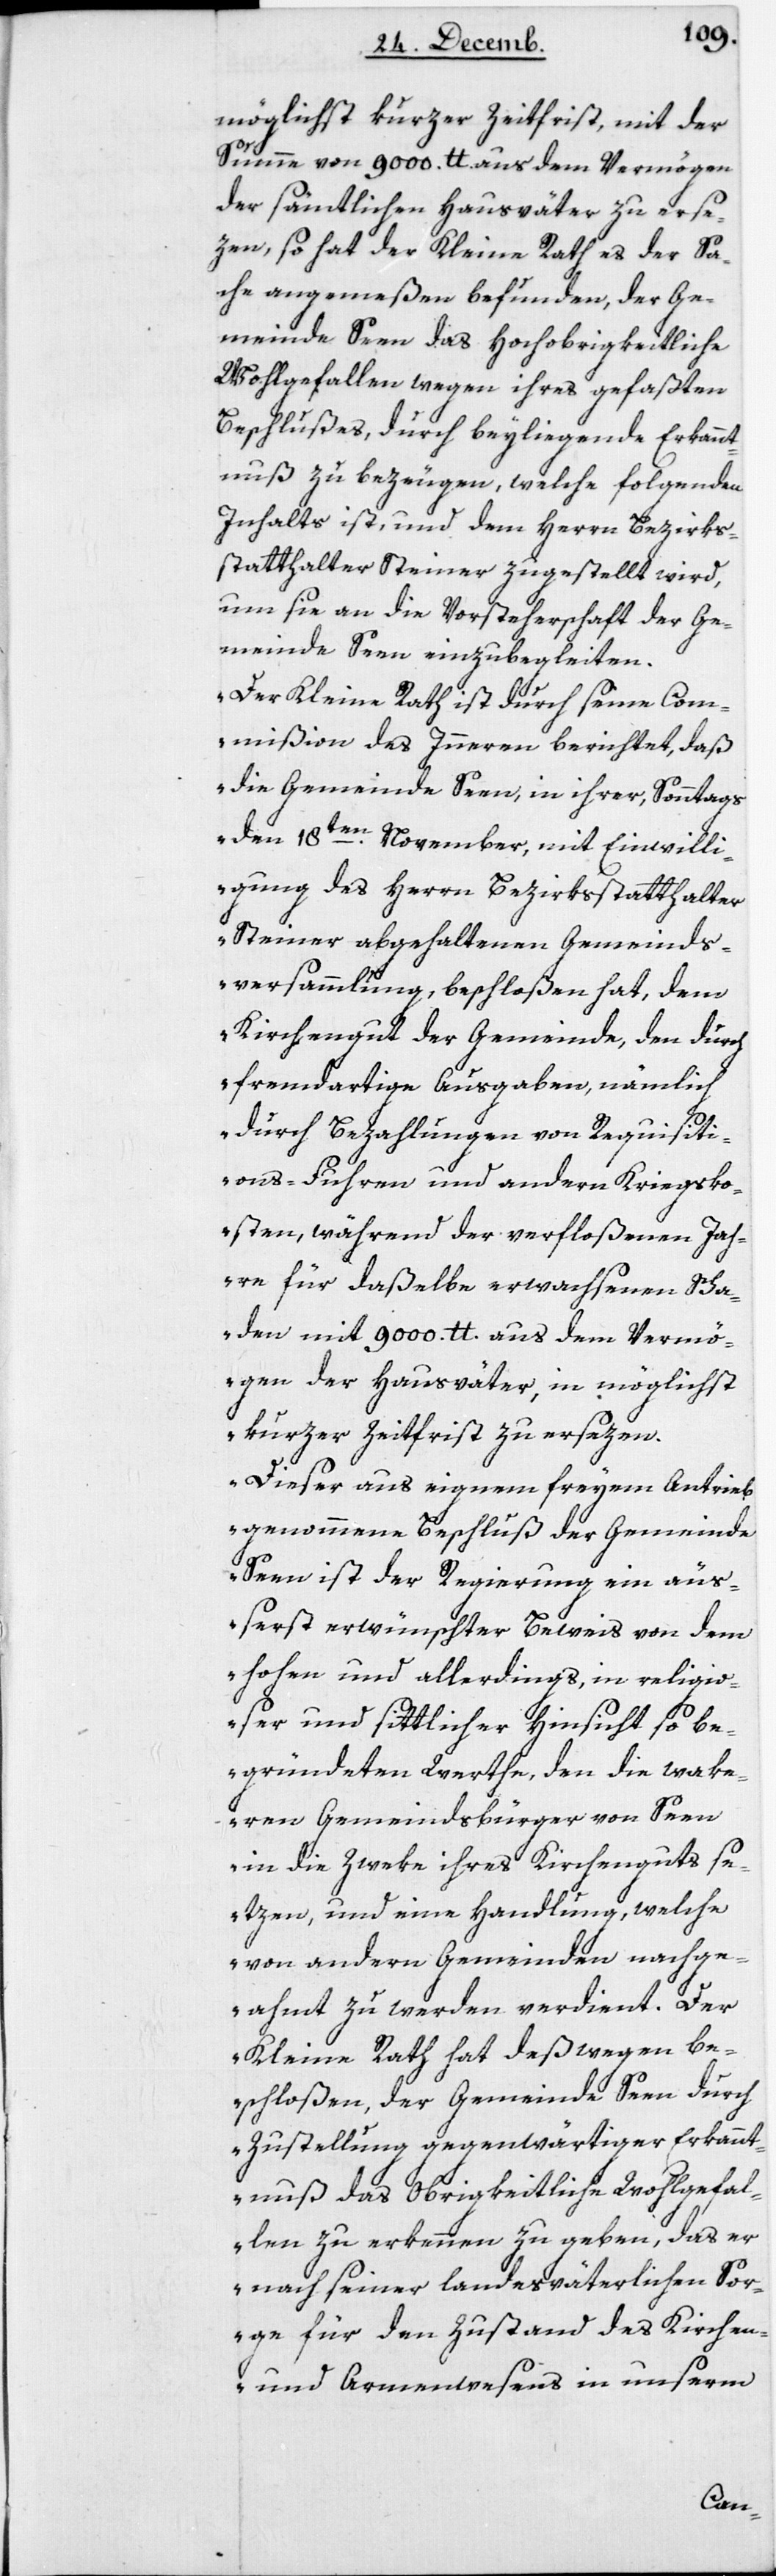
möglichst kurzer Zeitfrist, mit der
Summe von 9000 tt. aus dem Vermögen
der sämtlichen Hausväter zu erse¬
tzen, so hat der Kleine Rath es der Sa¬
che angemeßen befunden, der Ge¬
meinde Seen das Hochobrigkeitliche
Wohlgefallen wegen ihres gefaßten
Beschlußes, durch beyliegende Erkannt¬
nuß zu bezeugen, welche folgenden
Inhalts ist, und dem Herrn Bezirks¬
statthalter Steiner zugestellt wird,
um sie an die Vorsteherschaft der Ge¬
meinde Seen einzubegleiten.
„Der Kleine Rath ist durch seine Com¬
mißion des Innern berichtet, daß
die Gemeinde Seen in ihrer, Sonntags
den 18ten November, mit Einwilli¬
gung des Herrn Bezirksstatthalter
Steiner abgehaltenen Gemeind¬
s-Versammlung beschloßen hat, dem
Kirchengut der Gemeinde, den durch
fremdartige Ausgaben, nämlich
durch Bezahlungen von Requisiti¬
ons-Fuhren und andern Kriegsko¬
sten, während der verfloßenen Jah¬
re für daßelbe erwachsenen Scha¬
den mit 9000 tt aus dem Vermö¬
gen der Hausväter, in möglichst
kurzer Zeitfrist zu ersezen.
– Dieser aus eignem freyem Antrieb
genommene Beschluß der Gemeinde
Seen ist der Regierung ein äuß¬
erst erwünschter Beweis von dem
hohen und allerdings, in religio¬
ser und sittlicher Hinsicht so be¬
gründeten Werthe, den die wake¬
ren Gemeindsbürger von Seen
in die Zweke ihres Kirchenguts s¬
etzen, und eine Handlung, welche
von andern Gemeinden nachge¬
ahmt zu werden verdient. Der
Kleine Rath hat deswegen be¬
schloßen, der Gemeinde Seen durch
Zustellung gegenwärtiger Erkannt¬
nuß das obrigkeitliche Wohlgefal¬
len zu erkennen zu geben, das er
nach seiner landesväterlichen Sor¬
ge für den Zustand des Kirchen-
und Armenwesens in unserm